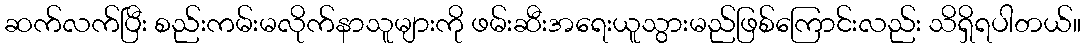
ဆက်လက်ပြီး စည်းကမ်းမလိုက်နာသူများကို ဖမ်းဆီးအရေးယူသွားမည်ဖြစ်ကြောင်းလည်း သိရှိရပါတယ်။